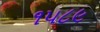
૧૫૮૯